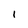
Character: 1